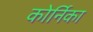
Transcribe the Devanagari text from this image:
कोर्निका